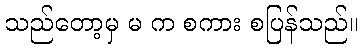
သည်တော့မှ မ က စကား စပြန်သည်။